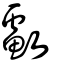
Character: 䲣